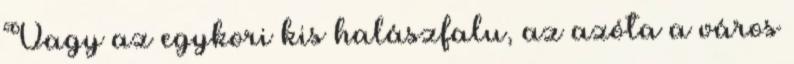
Vagy az egykori kis halászfalu, az azóta a város